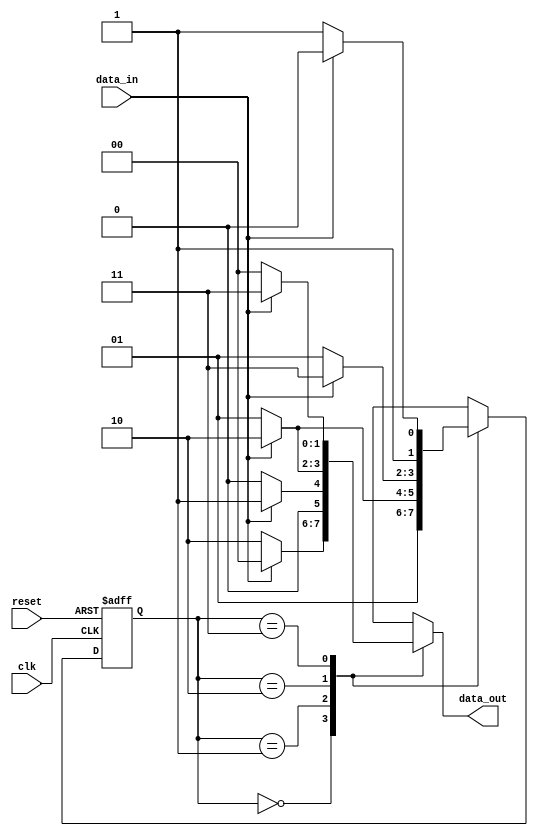
// 4-State Mealy state machine

// A Mealy machine has outputs that depend on both the state and 
// the inputs.  When the inputs change, the outputs are updated
// immediately, without waiting for a clock edge.  The outputs
// can be written more than once per state or per clock cycle.

module mealy_statemachine
(
	input	clk, data_in, reset,
	output reg [1:0] data_out
);

	// Declare state register
	reg		[1:0]state;
	
	// Declare states
	parameter S0 = 0, S1 = 1, S2 = 2, S3 = 3;
	
	// Determine the next state synchronously, based on the
	// current state and the input
	always @ (posedge clk or posedge reset) begin
		if (reset)
			state <= S0;
		else
			case (state)
				S0:
					if (data_in)
					begin
						state <= S1;
					end
					else
					begin
						state <= S1;
					end
				S1:
					if (data_in)
					begin
						state <= S2;
					end
					else
					begin
						state <= S1;
					end
				S2:
					if (data_in)
					begin
						state <= S3;
					end
					else
					begin
						state <= S1;
					end
				S3:
					if (data_in)
					begin
						state <= S2;
					end
					else
					begin
						state <= S3;
					end
			endcase
	end
	
	// Determine the output based only on the current state
	// and the input (do not wait for a clock edge).
	always @ (state or data_in)
	begin
		case (state)
			S0:
				if (data_in)
				begin
					data_out = 2'b00;
				end
				else
				begin
					data_out = 2'b10;
				end
			S1:
				if (data_in)
				begin
					data_out = 2'b01;
				end
				else
				begin
					data_out = 2'b00;
				end
			S2:
				if (data_in)
				begin
					data_out = 2'b10;
				end
				else
				begin
					data_out = 2'b01;
				end
			S3:
				if (data_in)
				begin
					data_out = 2'b11;
				end
				else
				begin
					data_out = 2'b00;
				end
		endcase
	end

endmodule